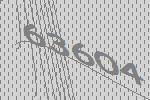
63604